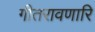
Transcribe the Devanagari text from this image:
गीतरावणारि